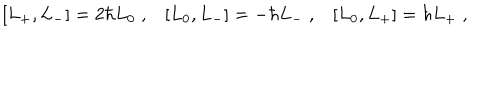
\left[ L _ { + } , L _ { - } \right] = 2 \hbar L _ { 0 } \; , \left[ L _ { 0 } , L _ { - } \right] = - \hbar L _ { - } \; , \left[ L _ { 0 } , L _ { + } \right] = \hbar L _ { + } \; ,